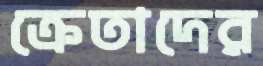
ক্রেতাদের